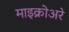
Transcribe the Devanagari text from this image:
माइक्रोअरे